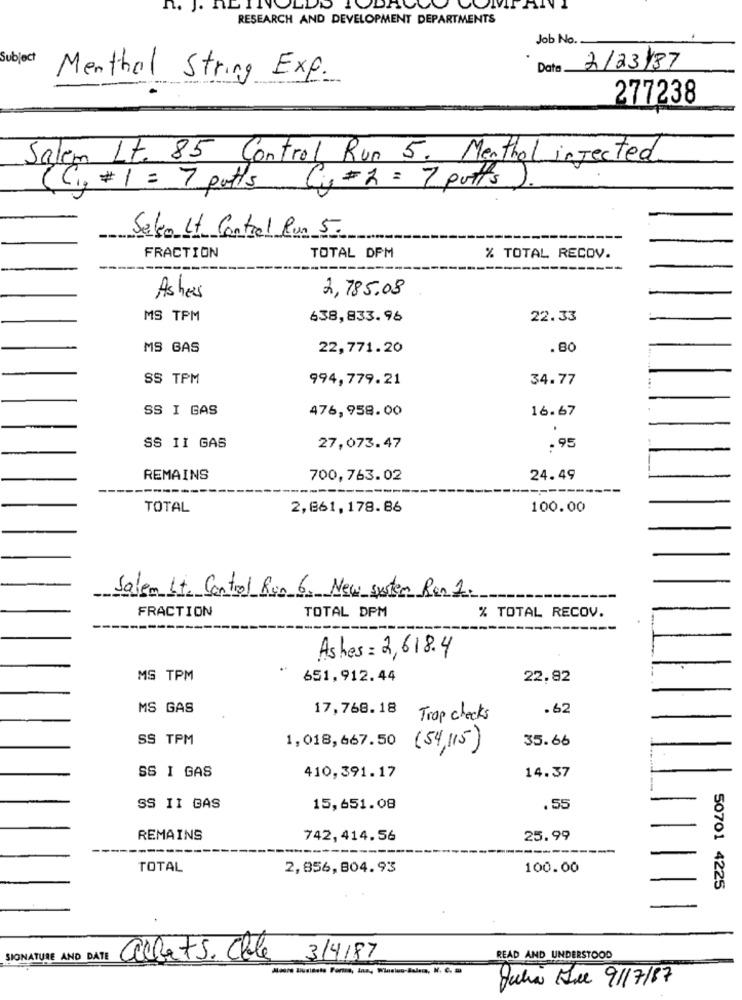
n. J. NET!
RESEARCH AND DEVELOPMENT DEPARTMENTS
Job No.
Subject
Data.
2/23/87
Menthol String Exp.
277238
Salem Lt. 85 Control Run 5. Menthol injected
( Cip # 1 = 7 putts
Cj= 2 =7 putts
Salvo Lt. Control Run 5.
FRACTION
TOTAL DPM
% TOTAL RECOV.
2,785.08
Ashes
MS TPM
638,833.96
22.33
MS GAS
22,771.20
.80
SS TPM
994,779.21
34.77
SS I GAS
476,958.00
16.67
SS II GAS
27,073.47
.95
REMAINS
700,763.02
24.49
TOTAL
2,661,178.86
100.00
Salem Lt. Control Run 6. New system Ren 2.
FRACTION
TOTAL DPM
% TOTAL RECOV.
Ashes= 2,618.4
MS TPM
651,912.44
22,82
MS GAS
17,768.18
.62
Trop checks
SS TPM
1,018,667.50
35.66
(54,115)
SS I GAS
14.37
410,391.17
SS II GAS
15,651.08
.55
REMAINS
742, 414.56
25.99
TOTAL
2,856,804.93
100.00
50701 4225
SIGNATURE AND DATE
alberts. Cole
3/4/87
READ AND UNDERSTOOD
Julia Que 9/7/87